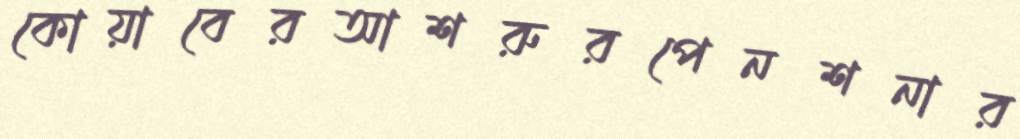
কোয়াবেরআশরুরপেনশনার